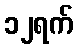
၁၂ရက်